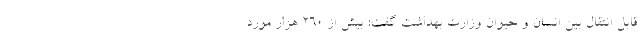
قابل انتقال بین انسان و حیوان وزارت بهداشت گفت: بیش از ۲۶٠ هزار مورد